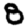
Digit: 8